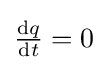
\textstyle {\frac {\mathrm {d} q}{\mathrm {d} t}}=0